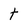
Character: t